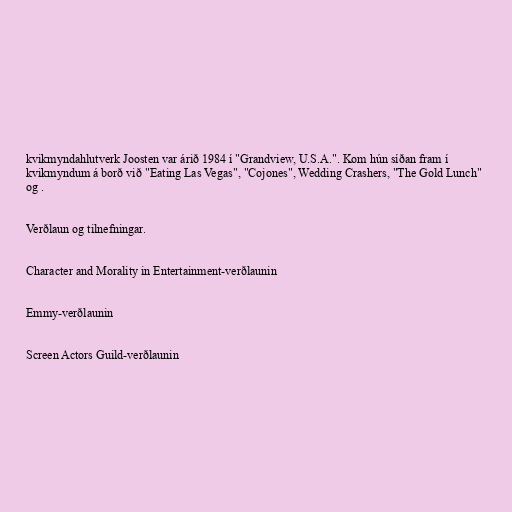
kvikmyndahlutverk Joosten var árið 1984 í "Grandview, U.S.A.". Kom hún síðan fram í
kvikmyndum á borð við "Eating Las Vegas", "Cojones", Wedding Crashers, "The Gold Lunch"
og .

Verðlaun og tilnefningar.

Character and Morality in Entertainment-verðlaunin

Emmy-verðlaunin

Screen Actors Guild-verðlaunin